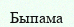
Быпама